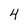
Character: 4